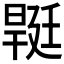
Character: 𣉡